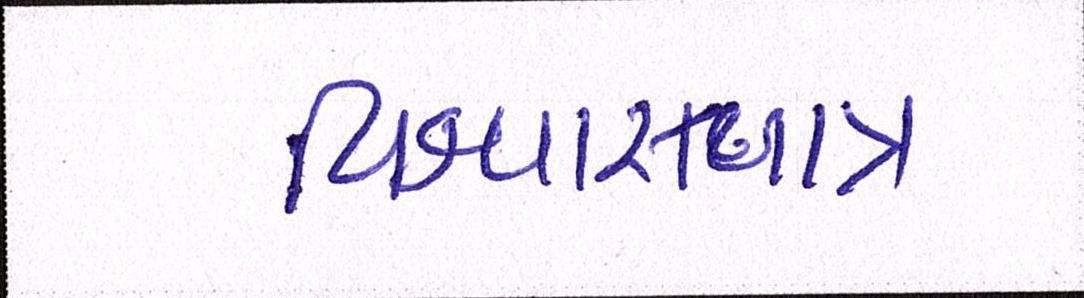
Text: વિશ્વાસપાત્ર